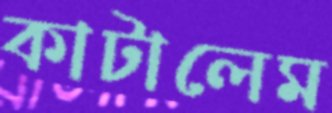
কাটালেম